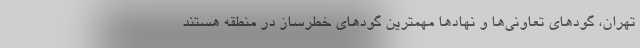
تهران، گودهای تعاونی‌ها و نهادها مهمترین گودهای خطرساز در منطقه هستند